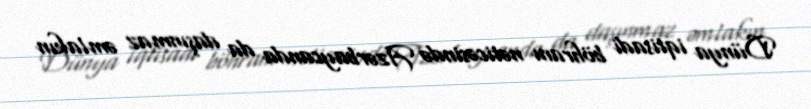
Dünya iqtisadi böhranı nəticəsində Azərbaycanda da daşınmaz əmlakın